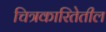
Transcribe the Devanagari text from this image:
चित्रकारितेतील